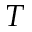
T